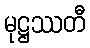
မုဋ္ဌဿတီ